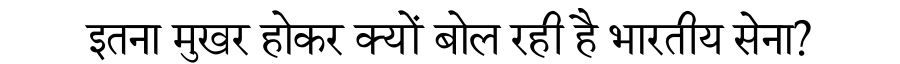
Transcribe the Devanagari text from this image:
इतना मुखर होकर क्यों बोल रही है भारतीय सेना?